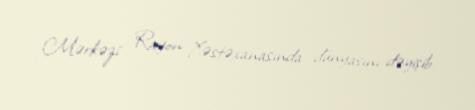
Mərkəzi Rayon Xəstəxanasında dünyasını dəyişib.